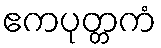
ဧကပုတ္တကံ